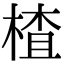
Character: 楂